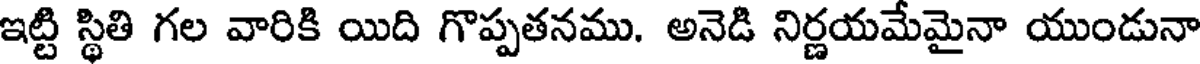
ఇట్టి స్థితి గల వారికి యిది గొప్పతనము. అనెడి నిర్ణయమేమైనా యుండునా